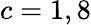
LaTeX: c=1,8